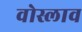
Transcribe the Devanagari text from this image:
वोस्लाव